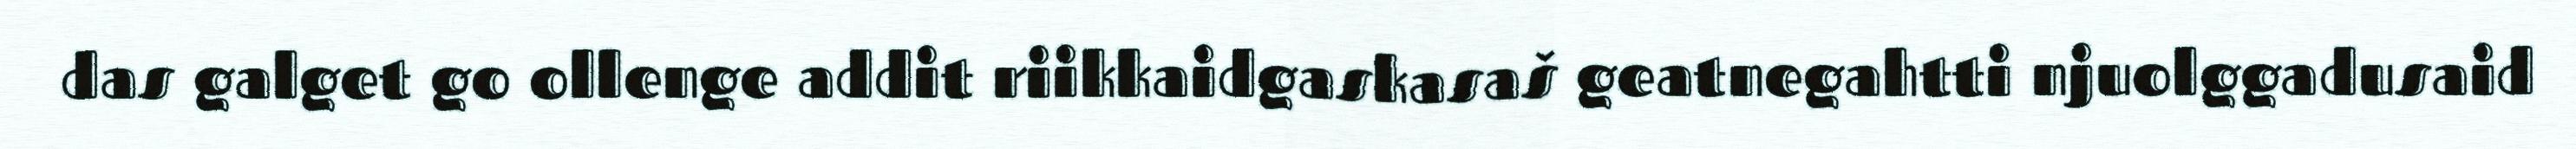
das galget go ollenge addit riikkaidgaskasaš geatnegahtti njuolggadusaid